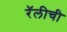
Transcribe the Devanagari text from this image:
रॅलीची